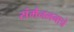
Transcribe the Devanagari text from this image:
संमेनलनाचे